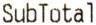
SUBTOTAL